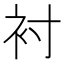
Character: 衬